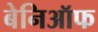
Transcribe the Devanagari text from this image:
बेनिऑफ